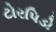
ટોરપિડો